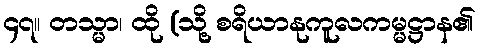
၄၇။ တသ္မာ၊ ထို (သို့ စရိယာနုကူလကမ္မဋ္ဌာန၏